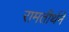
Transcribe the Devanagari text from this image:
रामतीर्थने